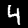
Label: 4